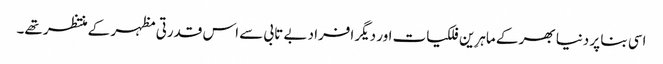
اسی بنا پر دنیا بھر کے ماہرِین فلکیات اور دیگر افراد بے تابی سے اس قدرتی مظہر کے منتظر تھے۔